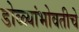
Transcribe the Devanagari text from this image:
डोळ्यांभोवतीचे